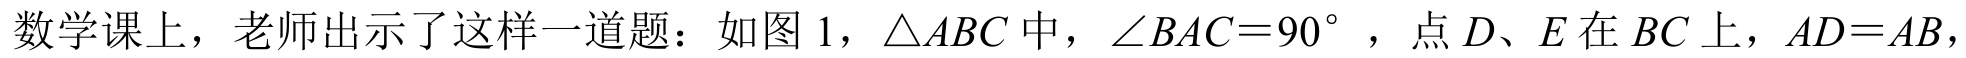
数学课上，老师出示了这样一道题：如图 1，\(\triangle ABC\)中，\(\angle BAC = 90^{\circ}\)，点\(D、E\)在\(BC\)上，\(AD = AB\)，